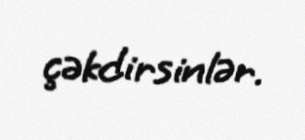
çəkdirsinlər.